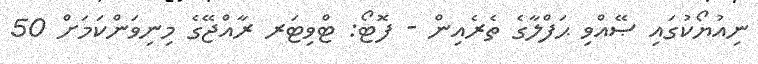
ނިއުޔޯކުގައި ޞޭއްވި ޙަފްލާގެ ތެރެއިން - ފޮޓޯ: ޓްވިޓަރ ރާއްޖޭގެ މިނިވަންކަމަށް 50